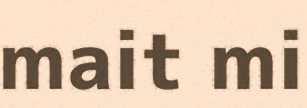
mait mi